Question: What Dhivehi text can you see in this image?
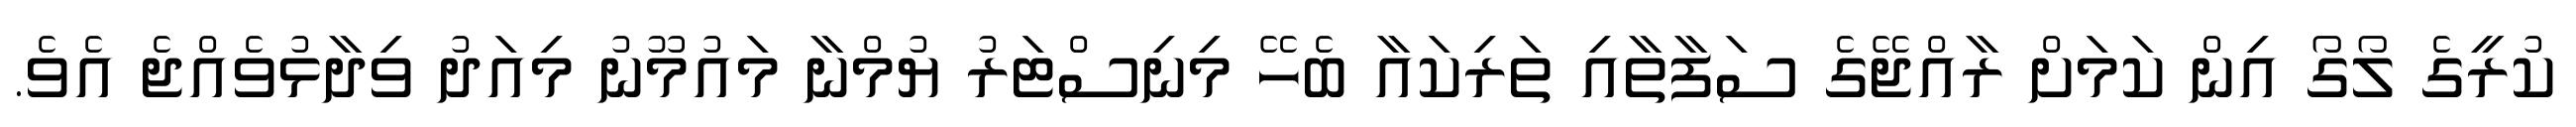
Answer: ކުރީގެ ލޯގޯ އިން ކަމަށް ރާއްޖޭގެ ސަފާތާއި ތަރިކައާ ބެހޭ މިނިސްޓަރު ޔުމްނާ މައުމޫނު މިއަދު ވިދާޅުވެއްޖެ އެވެ.